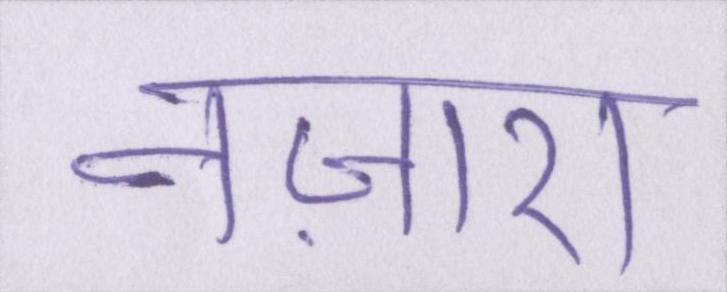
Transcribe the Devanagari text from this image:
नज़ारा